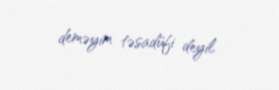
deməyim təsadüfi deyil.